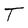
Character: T